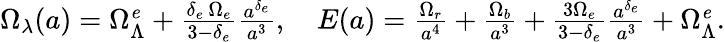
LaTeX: \begin{array}{r}{\Omega_{\lambda}(a)=\Omega_{\Lambda}^{\mathit e}+\frac{\delta_{e}\, \Omega_{e}}{3-\delta_{e}}\frac{a^{\delta_{e}}}{a^{3}},\quad E(a)=\frac{\Omega_{r}}{a^{4}}+\frac{\Omega_{b}}{a^{3}}+\frac{3\Omega_{e}}{3-\delta_{e}}\frac{a^{\delta_{e}}}{a^{3}}+\Omega_{\Lambda}^{\mathit e}.}\end{array}